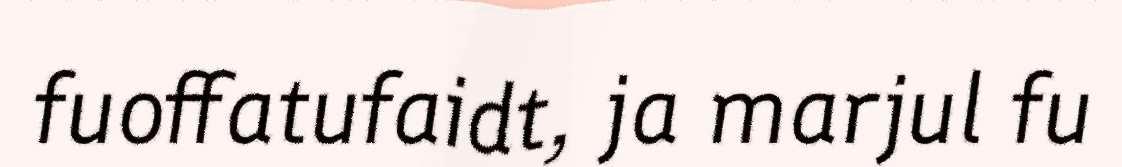
fuoffatufaidt, ja marjul fu